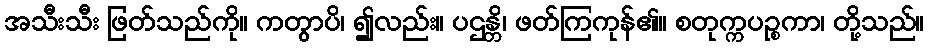
အသီးသီး ဖြတ်သည်ကို။ ကတွာပိ၊ ၍လည်း။ ပဌန္တိ၊ ဖတ်ကြကုန်၏။ စတုက္ကပဉ္စကာ၊ တို့သည်။